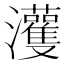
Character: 𤅞